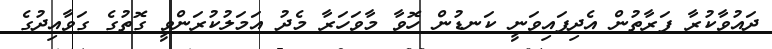
ދައުވާކުރާ ފަރާތުން އެދިފައިވަނީ ކަނޑުން ހޮވާ މާވަހަރާ މެދު އަމަލުކުރަންވީ ގޮތުގެ ގަވާއިދުގެ